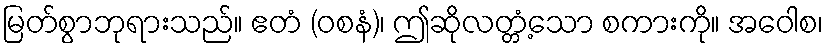
မြတ်စွာဘုရားသည်။ ဧတံ (ဝစနံ)၊ ဤဆိုလတ္တံ့သော စကားကို။ အဝေါစ၊